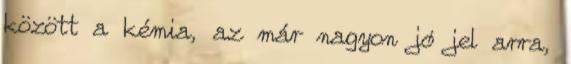
között a kémia, az már nagyon jó jel arra,